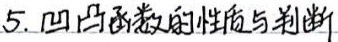
5. 凹凸函数的性质与判断